Problem: 42 + 3 = ?
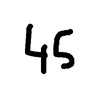
Handwritten answer: 45